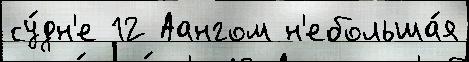
су́дн'е 12 Аангом н'ебольша́я